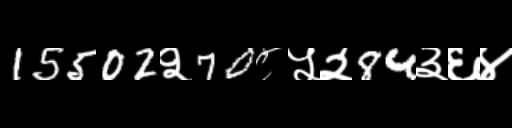
Text: 15502२70८५२84३६४